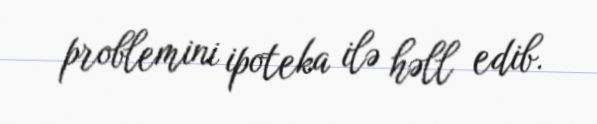
problemini ipoteka ilə həll edib.